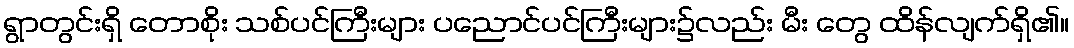
ရွာတွင်းရှိ တောစိုး သစ်ပင်ကြီးများ ပညောင်ပင်ကြီးများ၌လည်း မီး တွေ ထိန်လျက်ရှိ၏။